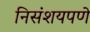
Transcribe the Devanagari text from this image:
निसंशयपणे